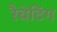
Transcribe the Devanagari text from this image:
रैचेटिंग